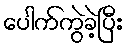
ပေါက်ကွဲခဲ့ပြီး